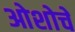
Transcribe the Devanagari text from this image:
ओशोचे